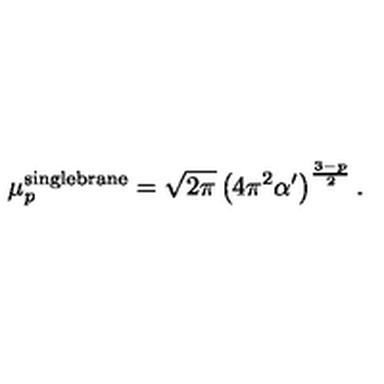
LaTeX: \mu _ { p } ^ { \mathrm { \tiny s i n g l e b r a n e } } = \sqrt { 2 \pi } \left( 4 \pi ^ { 2 } \alpha ^ { \prime } \right) ^ { \frac { 3 - p } { 2 } } .